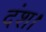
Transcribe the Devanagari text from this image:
दंश।